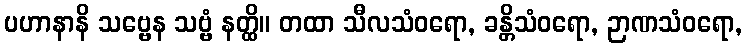
ပဟာနာနိ သဗ္ဗေန သဗ္ဗံ နတ္ထိ။ တထာ သီလသံဝရော, ခန္တိသံဝရော, ဉာဏသံဝရော,